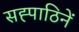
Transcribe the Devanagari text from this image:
सह्पाठिनें